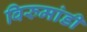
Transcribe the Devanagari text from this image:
विरुमांडी